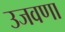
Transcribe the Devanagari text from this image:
उजवणा